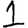
Digit: 1